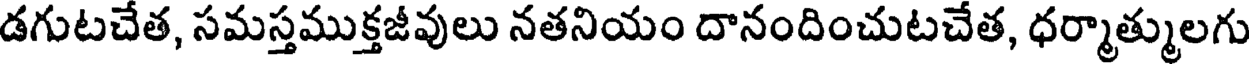
డగుటచేత, సమస్తముక్తజీవులు నతనియం దానందించుటచేత, ధర్మాత్ములగు